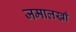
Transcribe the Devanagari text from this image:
जमालखाँ